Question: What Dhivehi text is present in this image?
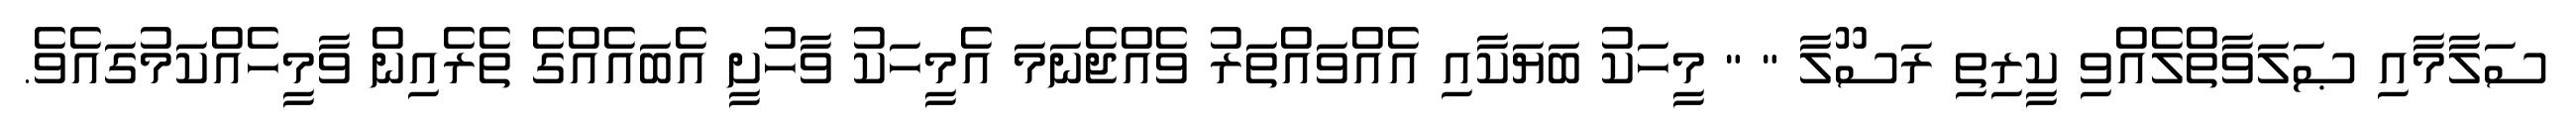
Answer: ސަލާމާއި ޞަލަވާތްލެއްވި ކީރިތި ރަސޫލާ " " މީހަކު ބަޔަކާއި އެއްވައްތަރު ވެއްޖެނަމަ އެމީހަކު ވާހުށީ އެބައެއްގެ ތެރެއިން ވާމީހެއްކަމުގައެވެ.